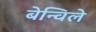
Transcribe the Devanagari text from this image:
बेन्विले